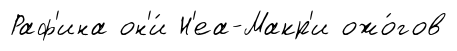
Раф'ина он'и́ Н'еа-Макр'и ожо́гов